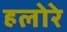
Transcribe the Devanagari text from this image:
हलोरे